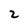
Character: 2